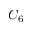
C _ { 6 }